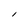
Character: I